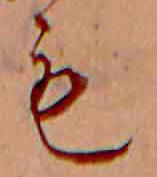
も